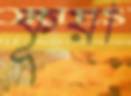
কূয়া